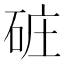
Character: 䂯